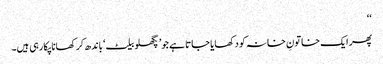
‘‘
پھر ایک خاتونِ خانہ کو دکھایا جاتا ہے جو’ پگھلو بیلٹ‘ باندھ کر کھانا پکارہی ہیں۔